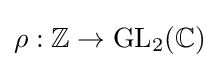
\rho :\mathbb {Z} \to \mathrm {GL} _{2}(\mathbb {C} )